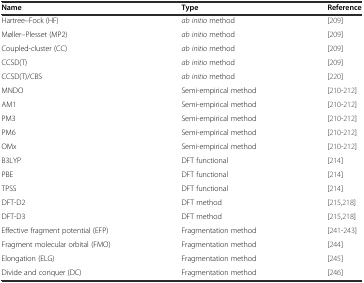
| Name | Type | Reference |
 | --- | --- | --- |
 | Hartree–Fock (HF) | ab initio method | [209] |
 | Møller–Plesset (MP2) | ab initio method | [209] |
 | Coupled-cluster (CC) | ab initio method | [209] |
 | CCSD(T) | ab initio method | [209] |
 | CCSD(T)/CBS | ab initio method | [220] |
 | MNDO | Semi-empirical method | [210–212] |
 | AM1 | Semi-empirical method | [210–212] |
 | PM3 | Semi-empirical method | [210–212] |
 | PM6 | Semi-empirical method | [210–212] |
 | OMx | Semi-empirical method | [210–212] |
 | B3LYP | DFT functional | [214] |
 | PBE | DFT functional | [214] |
 | TPSS | DFT functional | [214] |
 | DFT-D2 | DFT method | [215, 218] |
 | DFT-D3 | DFT method | [215, 218] |
 | Effective fragment potential (EFP) | Fragmentation method | [241–243] |
 | Fragment molecular orbital (FMO) | Fragmentation method | [244] |
 | Elongation (ELG) | Fragmentation method | [245] |
 | Divide and conquer (DC) | Fragmentation method | [246] |